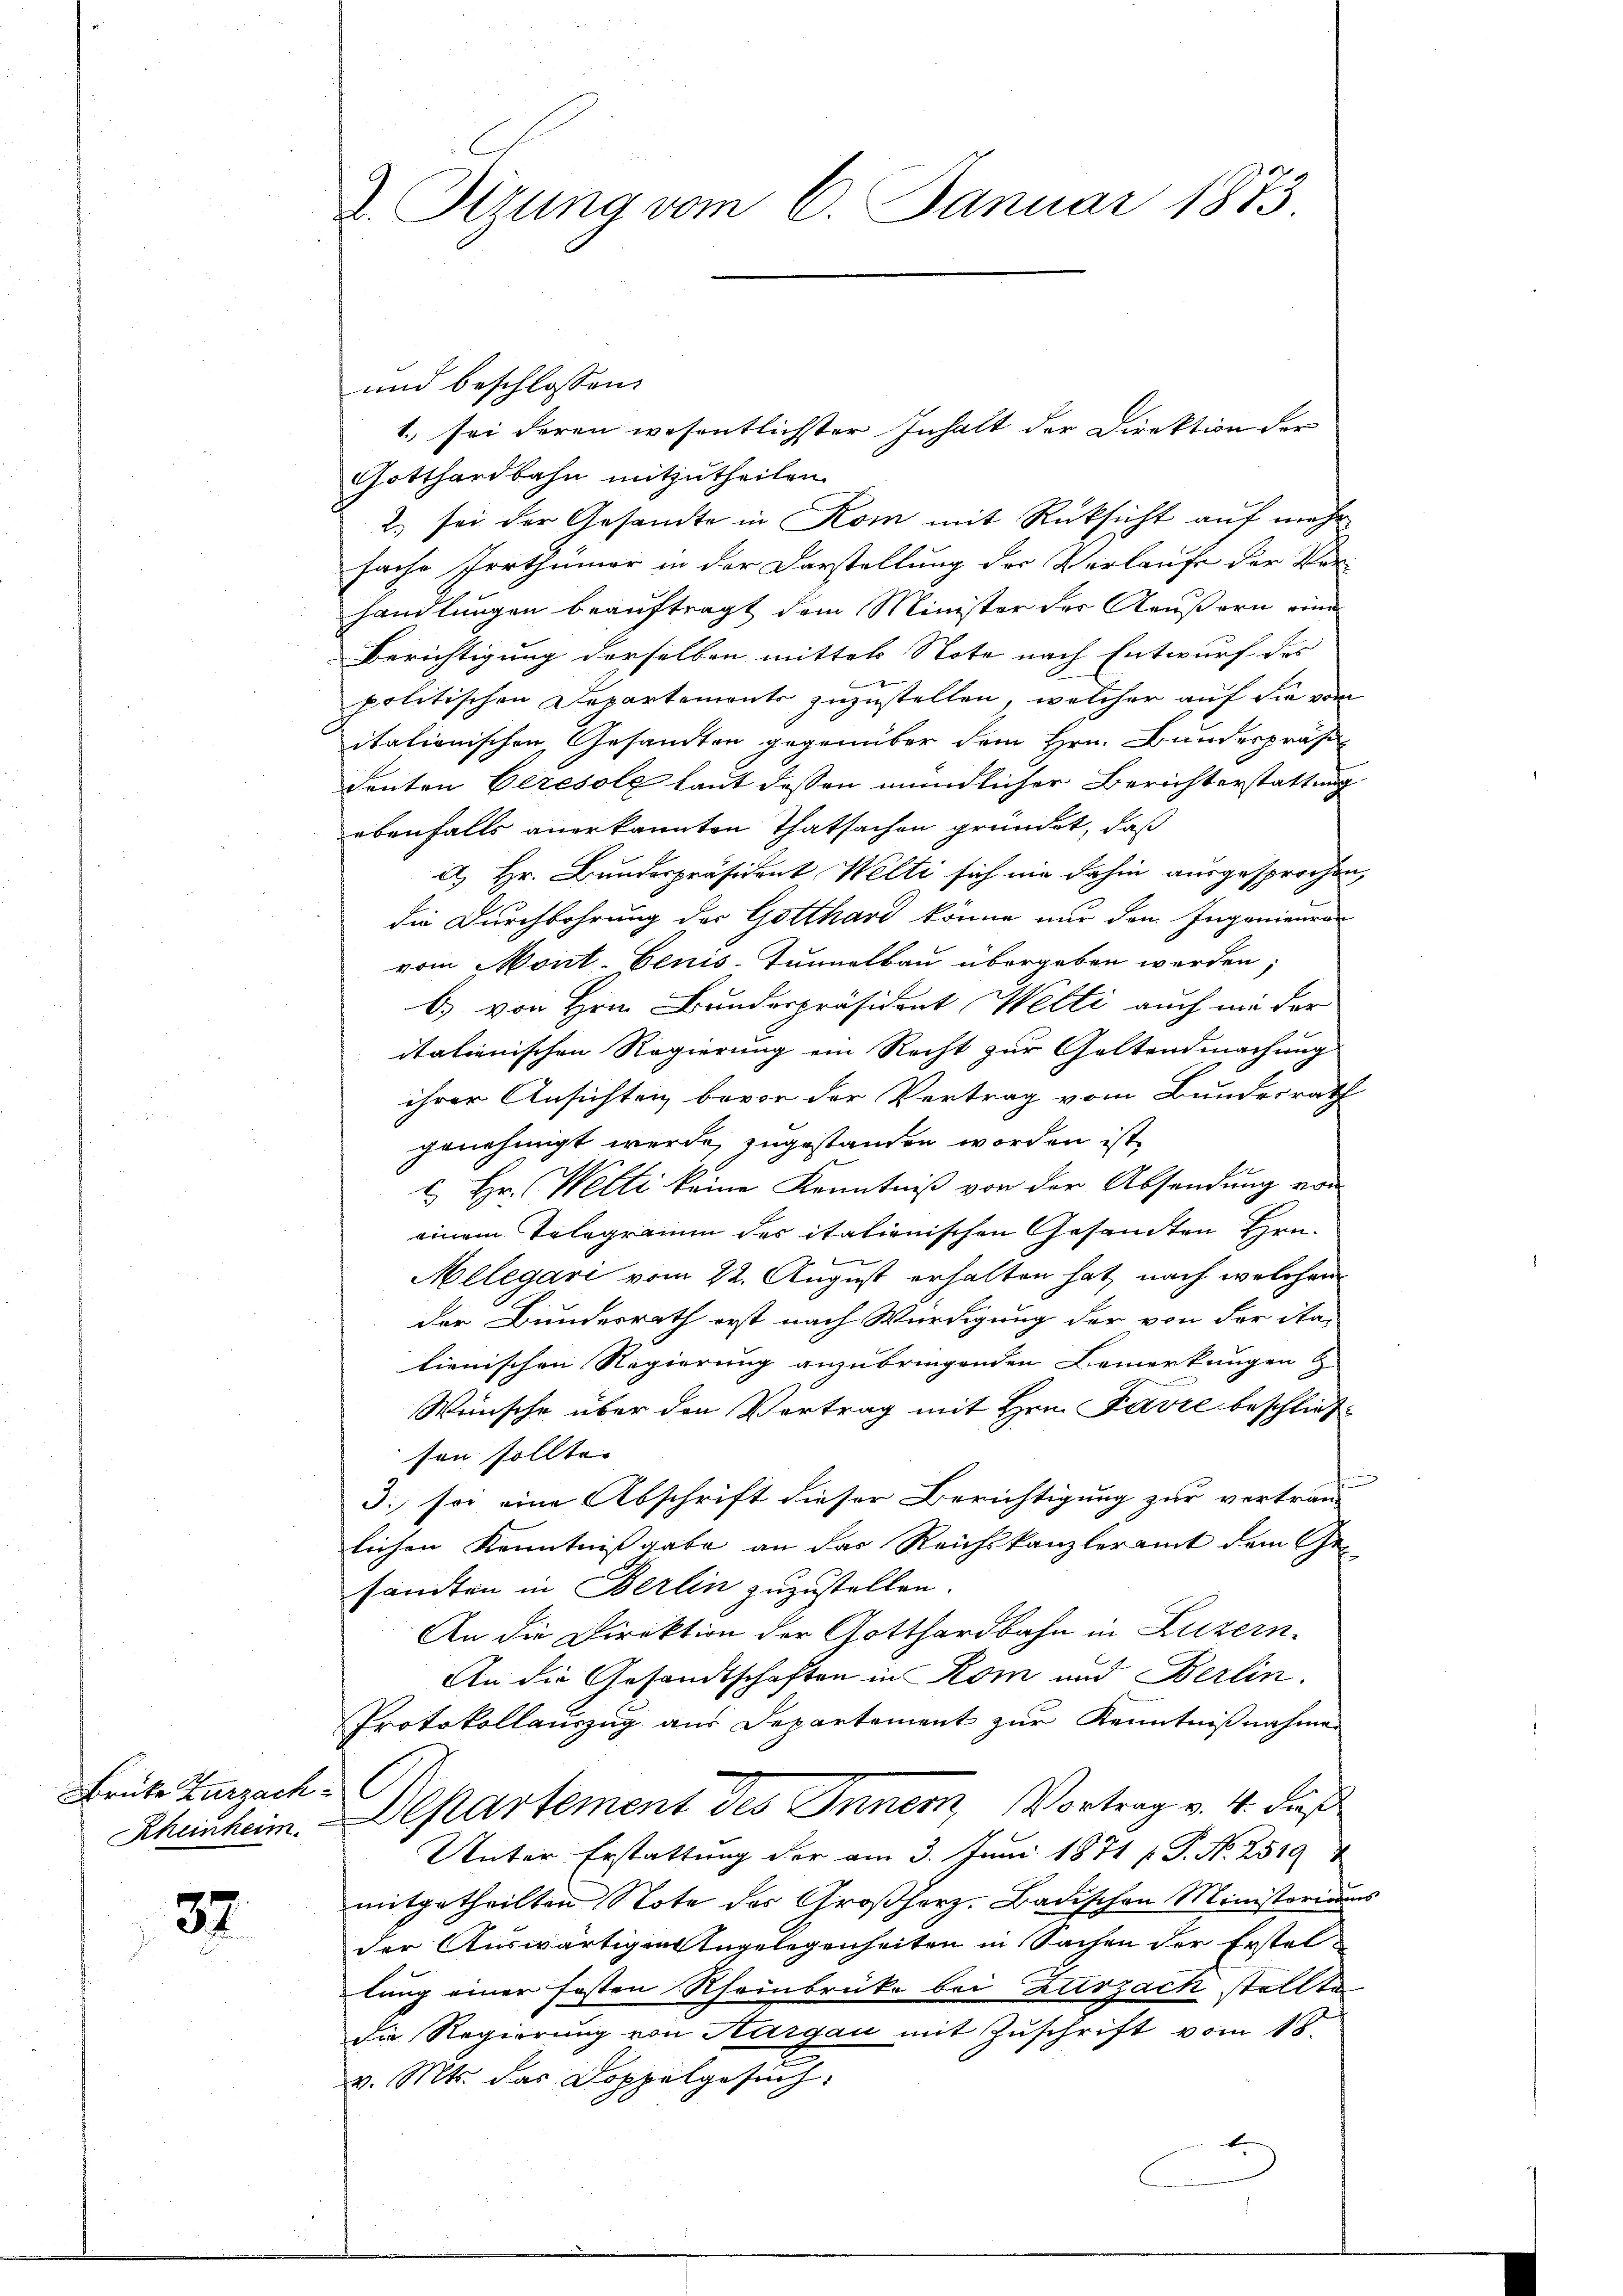
Brüke Zurzach
Rheinheim.

32

1. sei deren wesentlichster Inhalt der Direktion der
Gotthardbahn mitzutheilen.
2.) sei der Gesandte in Kom mit Rüksicht auf mehr
fache Irrthümer in der Darstellung der Verlaufe der Vor-
handlungen beauftragt dem Minister des Aeußern eine
Berichtigung derselben mittels Note nach Entwurf des
|
politischen Departements zuzustellen, welcher auf die vom
itationischen Gesandten gegenüber dem Hrn. Bundespräsi
denten Geresole laut dessen mündlicher Berichterstattung
ebenfalls anerkannten Thatsachen gründet, daß
d. Hr. Bunderpräsident Welti sich nie dahin ausgesprochen
die Durchbohrung der Gotthard könne nur den Ingenieuran
vom Mont-Genis-Tunnelbau übergeben werden,
b) von Hrn. Bunderpräsident Welti auch nie der
italienischen Regierung ein Recht zur Goltendmachung
ihrer Ansichten bevor der Vertrag vom Bundesrath
genehmigt werde, zugestanden worden ist,
c. Hr. Welti keine Kenntniß von der Absendung von
einem Telegramm des italienischen Gesandten Hrn.

Melegari vom 22. August erhalten hat, nach welchen
der Bundesrath erst nach Würdigung der von der Sta-
lienischen Regierung anzubringenden Bemerkungen
Wünsche über den Vortrag mit Hrn. Favre beschließ
sen sollte.
3.) so eine Abschrift dieser Berichtigung zur vertrau
lichen Kenntnißgabe an das Reichskanzleramt dem Gesandten in Berlin zuzustellen.
An die Direktion der Gotthardbahn in Luzern.
An die Gesandtschaften in Rom und Berlin.
Protokollauszug aus Departement zur Kenntnißnahmen
1
Departement des Inner, Vortrag v. 4. daß
Unter Erstattung der am 3. Juni 1871 f. P. Nr. 2519
mitgetheilten Note des Großherz- Badischen Ministorium
der Auswärtigen Engelegenheiten in Sachen der Erstellung einer festen Rheinbrücke bei Zurzach stellte
die Regierung von Aargau mit Zuschrift vom 18.
v. Mts. das Doppelgesuch.
t

2. Sizung vom 6. Januar 1873

und beschlossen:

u

s